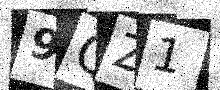
Text: 9QZ1